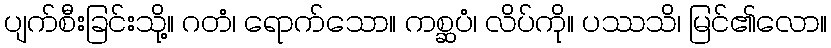
ပျက်စီးခြင်းသို့။ ဂတံ၊ ရောက်သော။ ကစ္ဆပံ၊ လိပ်ကို။ ပဿသိ၊ မြင်၏လော။